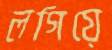
লগিয়ে